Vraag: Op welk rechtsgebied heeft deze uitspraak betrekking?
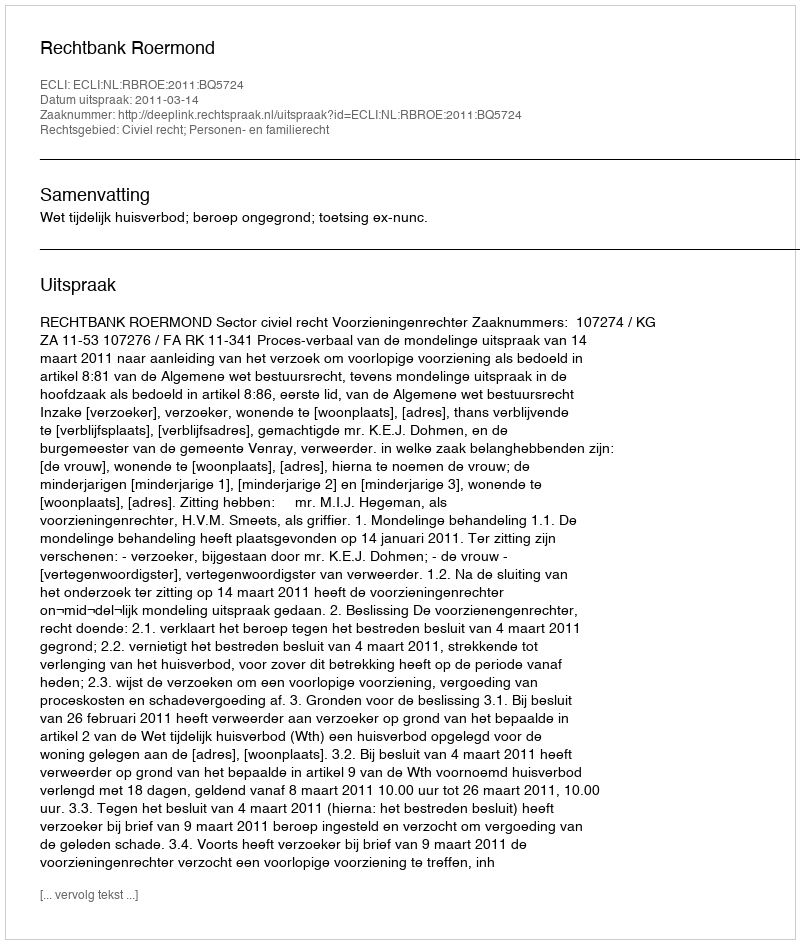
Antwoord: Civiel recht; Personen- en familierecht